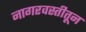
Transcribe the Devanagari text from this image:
नागरवस्तीतून